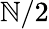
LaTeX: \mathbb{N}/2